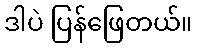
ဒါပဲ ပြန်ဖြေတယ်။